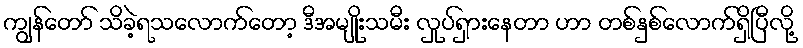
ကျွန်တော် သိခဲ့ရသလောက်တော့ ဒီအမျိုးသမီး လှုပ်ရှားနေတာ ဟာ တစ်နှစ်လောက်ရှိပြီလို့